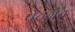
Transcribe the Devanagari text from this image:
पेटग्रेट